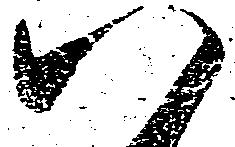
八